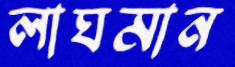
লাঘমান